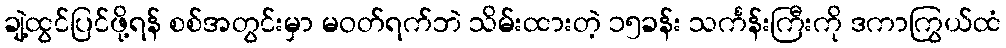
ချဲ့ထွင်ပြင်ဖို့ရန် စစ်အတွင်းမှာ မဝတ်ရက်ဘဲ သိမ်းထားတဲ့ ၁၅ခန်း သင်္ကန်းကြီးကို ဒကာကြွယ်ထံ